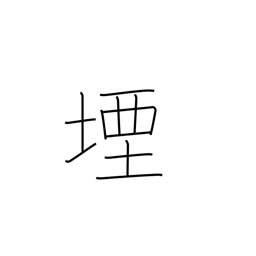
Meaning: stop up